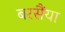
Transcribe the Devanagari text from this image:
बरसैंया